Report on the bubonic plague in Bombay, 1896-1897
Year: 1896
Disease focus: Plague
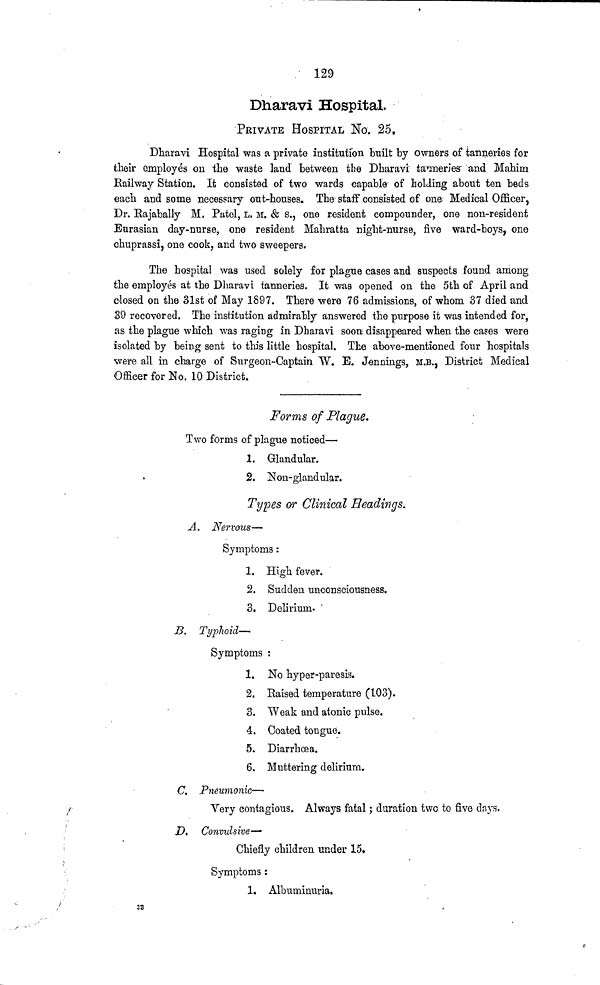
129
Dharavi Hospital.
PRIVATE HOSPITAL No. 25.
Dharavi Hospital was a private institution built by owners of tanneries for
their employes on the waste land between the Dharavi tanneries and Mahim
Railway Station. It consisted of two wards capable of holding about ten beds
each and some necessary out-houses. The staff consisted of one Medical Officer,
Dr. Rajabally M. Putei, L. M. & s., one resident compounder, one non-resident
Eurasian day-nurse, one resident Mahratta night-nurse, five ward-boys, one
chuprassi, one cook, and two sweepers.
The hospital was used solely for plague cases and suspects found among
the employes at the Dharavi tanneries. It was opened on the 5th of April and
closed on the 31st of May 1897. There were 76 admissions, of whom 37 died and
39 recovered. The institution admirably answered the purpose it was intended for,
as the plague which was raging in Dharavi soon disappeared when the cases were
isolated by being sent to this little hospital. The above-mentioned four hospitals
were all in charge of Surgeon-Captain W. E. Jennings, M.B., District Medical
Officer for No. 10 District.
Forms of Plague.
Two forms of plague noticed—
1. Glandular.
2. Non-glandular.
Types or Clinical Headings.
A. Nervous—
Symptoms :
1. High fever.
2. Sudden unconsciousness.
3. Delirium.
B.
Typhoid—
Symptoms :
1. No hyper-paresis.
2. Raised temperature (103).
3. Weak and atonic pulse.
4. Coated tongue.
5. Diarrhœa.
6. Muttering delirium.
C. Pneumonic—
Very contagious. Always fatal ; duration two to five days.
D. Convulsive—
Chiefly children under 15.
Symptoms :
1. Albuminuria.
33